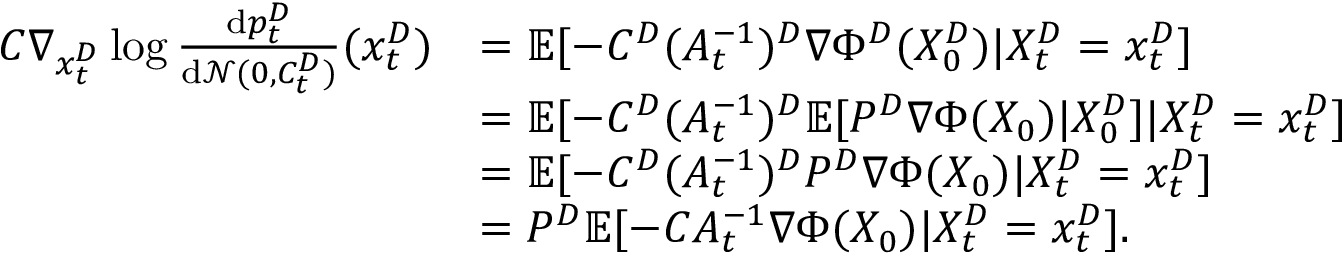
\begin{array} { r l } { C \nabla _ { x _ { t } ^ { D } } \log \frac { \mathrm { d } p _ { t } ^ { D } } { \mathrm { d } \mathcal { N } ( 0 , C _ { t } ^ { D } ) } ( x _ { t } ^ { D } ) } & { = \mathbb { E } [ - C ^ { D } ( A _ { t } ^ { - 1 } ) ^ { D } \nabla \Phi ^ { D } ( X _ { 0 } ^ { D } ) | X _ { t } ^ { D } = x _ { t } ^ { D } ] } \\ & { = \mathbb { E } [ - C ^ { D } ( A _ { t } ^ { - 1 } ) ^ { D } \mathbb { E } [ P ^ { D } \nabla \Phi ( X _ { 0 } ) | X _ { 0 } ^ { D } ] | X _ { t } ^ { D } = x _ { t } ^ { D } ] } \\ & { = \mathbb { E } [ - C ^ { D } ( A _ { t } ^ { - 1 } ) ^ { D } P ^ { D } \nabla \Phi ( X _ { 0 } ) | X _ { t } ^ { D } = x _ { t } ^ { D } ] } \\ & { = P ^ { D } \mathbb { E } [ - C A _ { t } ^ { - 1 } \nabla \Phi ( X _ { 0 } ) | X _ { t } ^ { D } = x _ { t } ^ { D } ] . } \end{array}